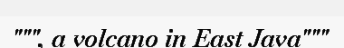
""", a volcano in East Java"""